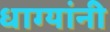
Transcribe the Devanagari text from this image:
धाग्‍यांनी